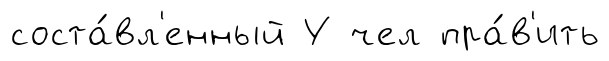
соста́вл'енный У чел пра́в'ить